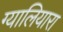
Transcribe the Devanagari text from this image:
ग्यालियारा